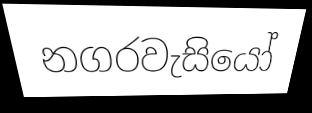
නගරවැසියෝ